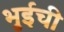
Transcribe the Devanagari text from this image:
भुईची